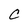
Character: C